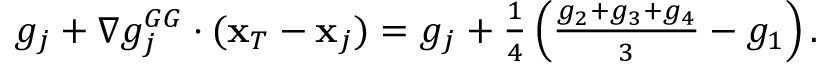
\begin{array} { r } { g _ { j } + \nabla g _ { j } ^ { G G } \cdot ( { \bf x } _ { T } - { \bf x } _ { j } ) = g _ { j } + \frac { 1 } { 4 } \left( \frac { g _ { 2 } + g _ { 3 } + g _ { 4 } } { 3 } - g _ { 1 } \right) . } \end{array}